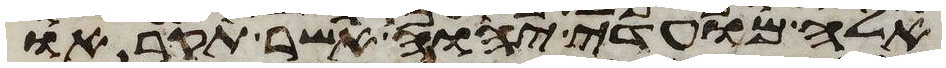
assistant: אלה מועדי יהוה אשר תקראו